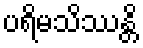
ပရိမသိဿန္တိ